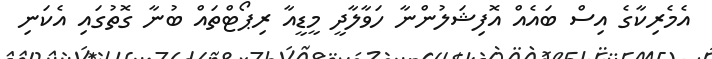
އެމެރިކާގެ އިސް ބައެއް އޮފިޝަލުންނާ ހަވާލާދީ މީޑީއާ ރިޕޯޓްތައް ބުނާ ގޮތުގައި އެކަނި